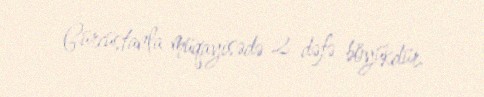
Gürcüstanla müqayisədə 2 dəfə böyükdür.